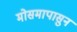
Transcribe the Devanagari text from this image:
मोसमापासुन